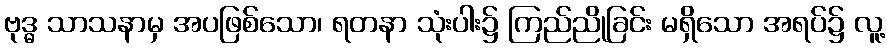
ဗုဒ္ဓ သာသနာမှ အပဖြစ်သော၊ ရတနာ သုံးပါး၌ ကြည်ညိုခြင်း မရှိသော အရပ်၌ လူ့